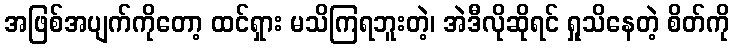
အဖြစ်အပျက်ကိုတော့ ထင်ရှား မသိကြရဘူးတဲ့၊ အဲဒီလိုဆိုရင် ရှုသိနေတဲ့ စိတ်ကို